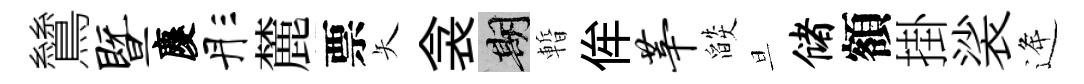
鷥暨慶彤麓票矢衾期暫侔莘燄旦储額掛裟逄